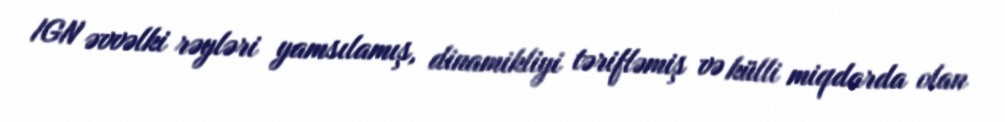
IGN əvvəlki rəyləri yamsılamış, dinamikliyi tərifləmiş və külli miqdarda olan